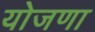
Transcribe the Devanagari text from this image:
योजणा